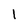
Character: l